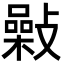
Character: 𢿾